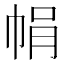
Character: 𢂱